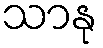
သာနု